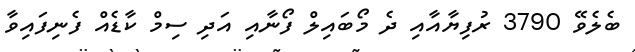
ބެލެވޭ 3790 ރުފިޔާއާއި ދެ މޯބައިލް ފޯނާއި އަދި ސިމް ކާޑެއް ފެނިފައިވާ